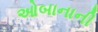
ઓબાનાની